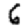
Digit: 6